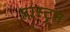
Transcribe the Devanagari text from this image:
प्लास्ट्रन